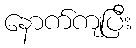
နောက်ကျပြီး